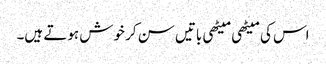
اس کی میٹھی میٹھی باتیں سن کر خوش ہوتے ہیں۔